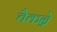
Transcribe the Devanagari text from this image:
चैकन्ने